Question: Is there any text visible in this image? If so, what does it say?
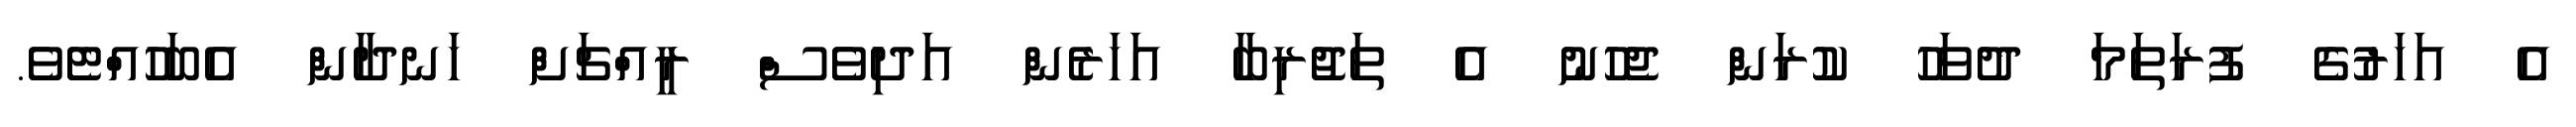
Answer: އެ އަހަރުގެ ފުރަތަމަ ދުވަހު ކުރަން ޖެހުނު އެ ތަޖުރިބާ އަހަރެން އަދިވެސް ރީއްޗަށް ހަނދާން އެބަހުއްޓެވެ.